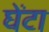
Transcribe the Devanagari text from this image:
घेंटा